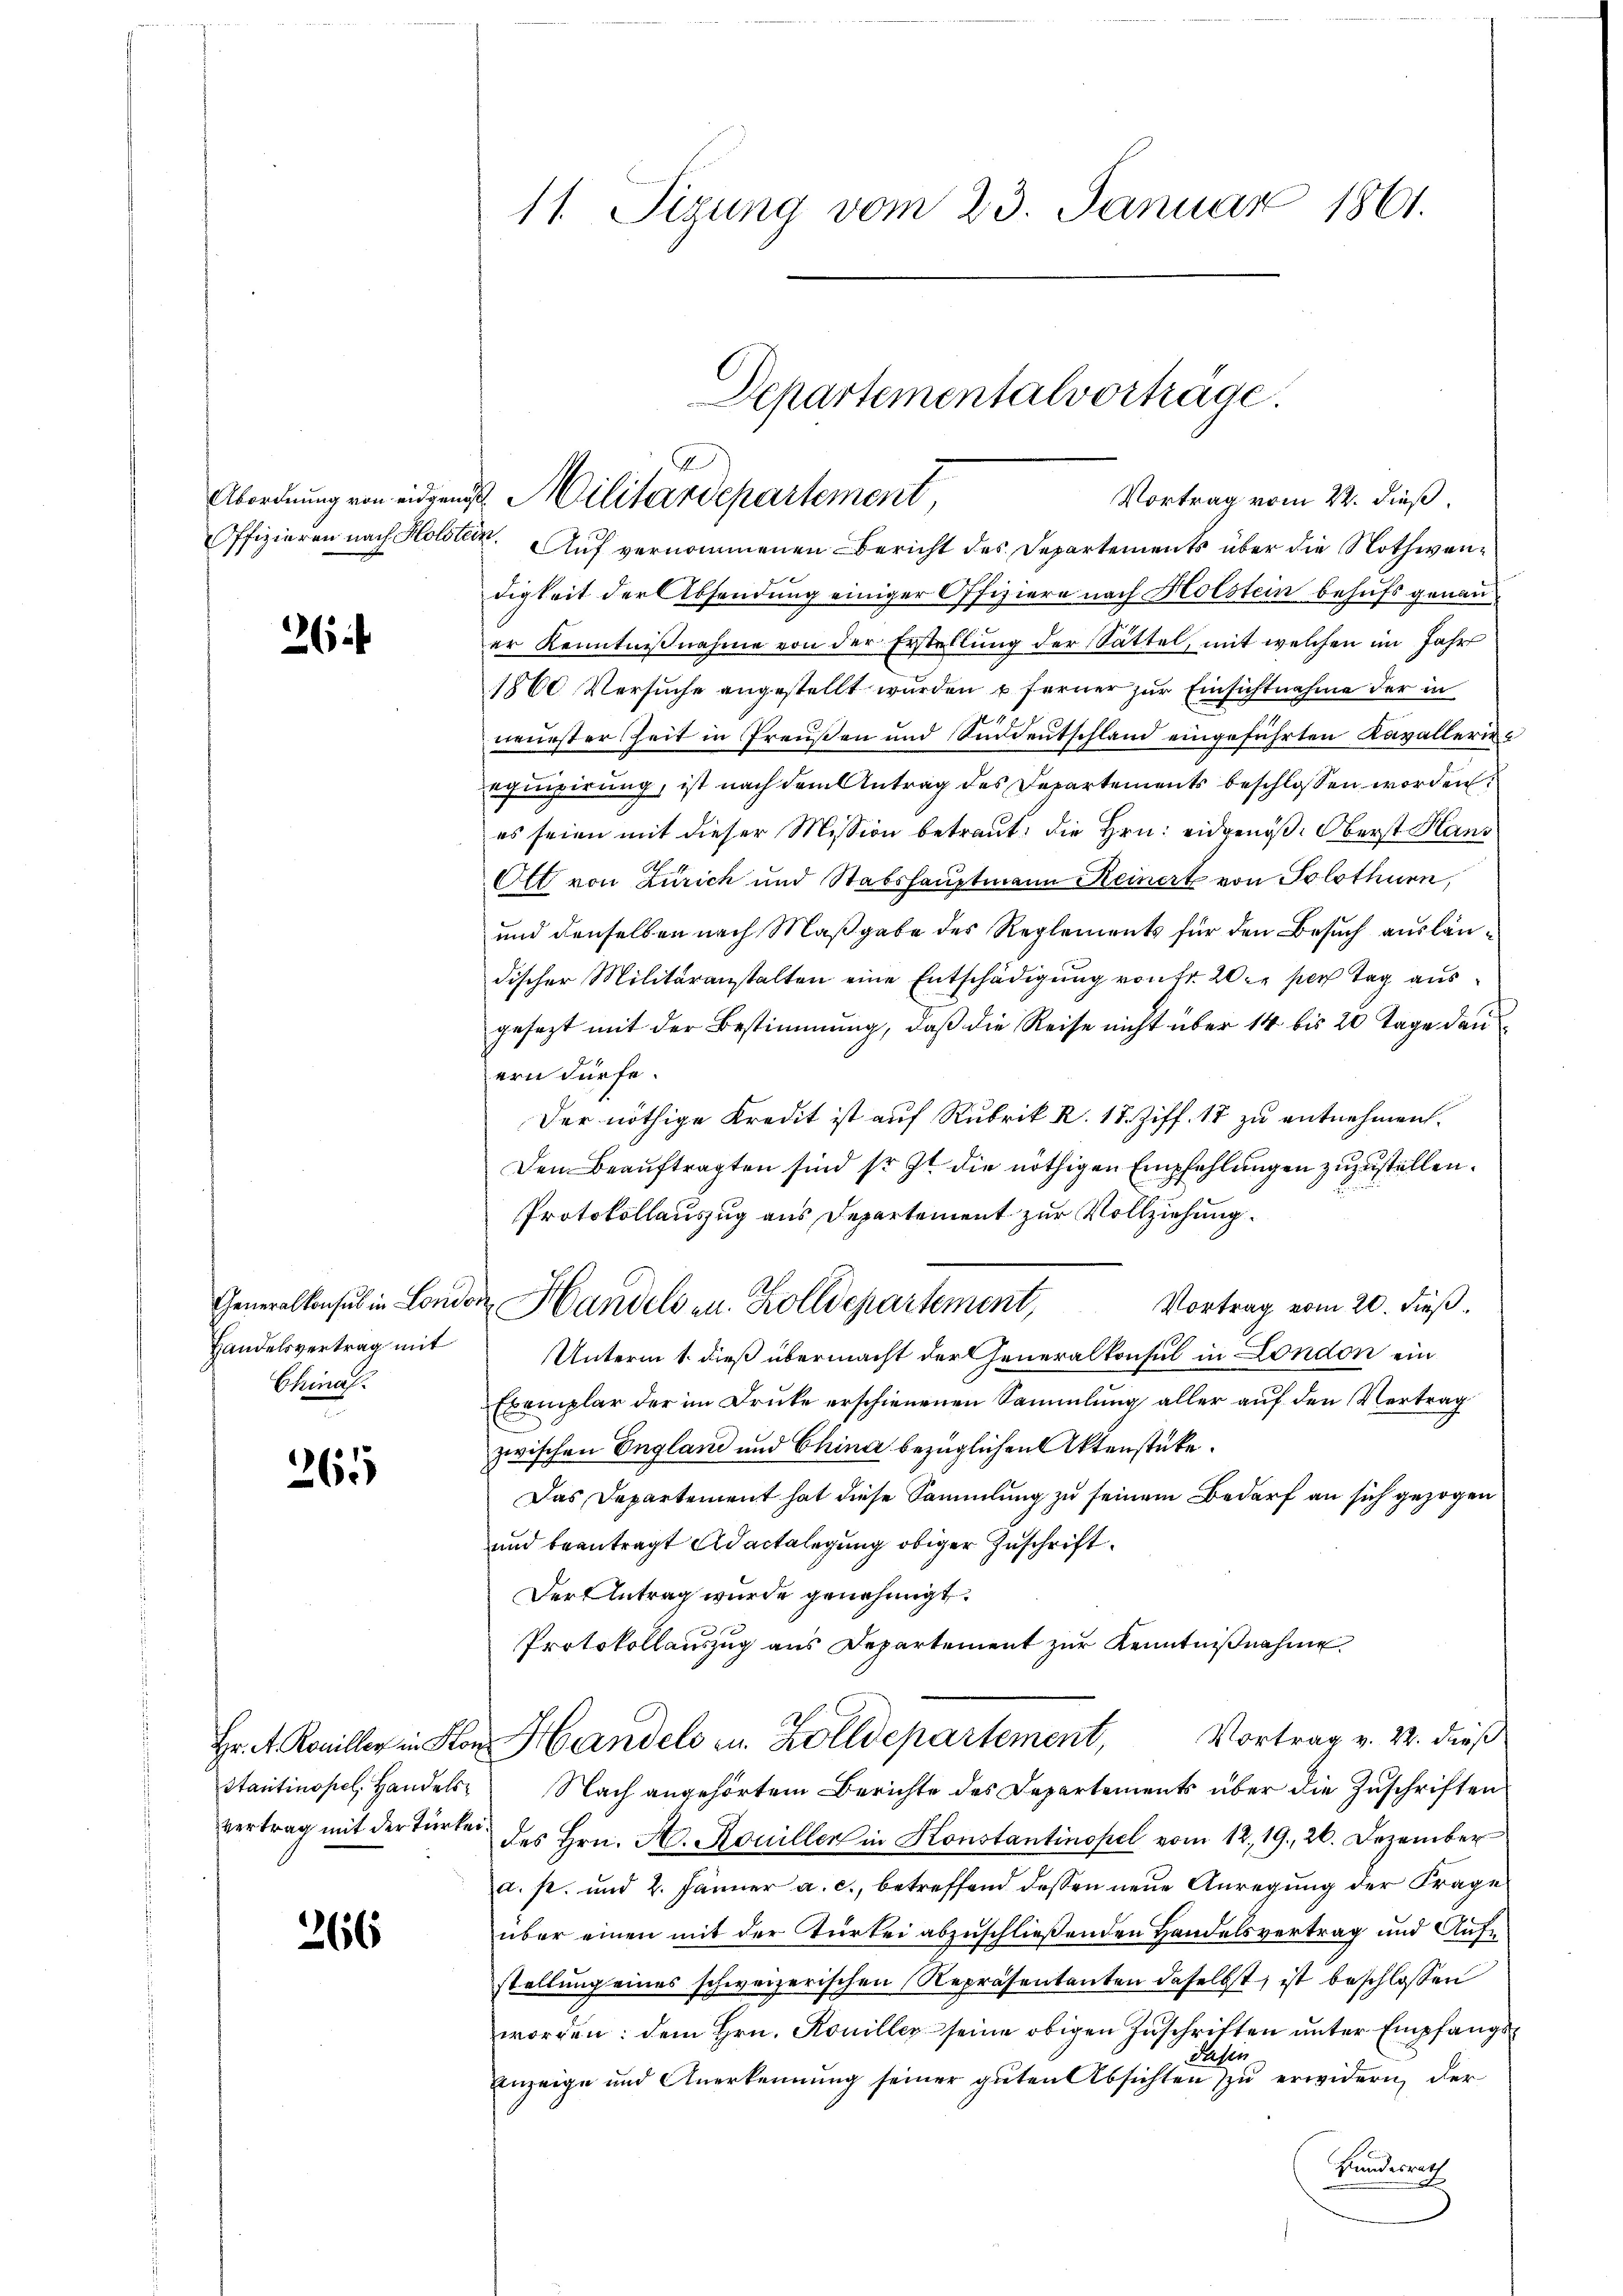
Abordnung von eigen
Offizieren nach Holde

26

Handelsvertrag mit
China

265

Hr. A. Koniller in Ston
Stantinopel, Handelsvertrag mit der Türken

266

11. Sizung vom 23. Januar 1861.

I. Auf vernommenen Bericht des Departements über die Nothwendigkeit der Absendung einiger Offiziere nach Holstein behufs genau
er Kenntnißnahme von der Erstellung der Sättel, mit welchen im Jahr
1800 Versuche angestellt wurden u. ferner zur Einsichtnahme der in
neuester Zeit in Preußen und Süddeutschland eingeführten Kavallerinequipirung, ist nach dem Antrag des Departements beschlossen worden:
es seien mit dieser Mission betraut, die Hrn. eidgenöß. Oberst Hans
Ott von Zürich und Stabshauptmann Keinert von Solothurn,
und denselben nach Maßgabe des Reglements für den Besuch ausländischer Militäranstalten eine Entschädigung von Fr. 20 per Tag ausgesezt mit der Bestimmung, daß die Reise nicht über 14 bis 20 Tage dan
ern dürfe.
Der nöthige Kredit ist auf Rubrik R. 18. Ziff. 17 zu entnehmen.
Den Beauftragten sind so ist die nöthigen Empfehlungen zuzustellen.
Protokollauszug aus Departement zur Vollziehung.
Generalkonsul in London Handelsen. Zolldepartement,
Vortrag vom 20. dieß.
Unterm 1. dieß übermacht der Generalkonsul in London ein
Exemplar der im Druke erschienenen Sammlung aller auf den Vertrag
zwischen England und China bezüglichen Aktenstücke.
Das Departement hat diese Sammlung zu seinem Bedarf an sich gezogen
und beantragt Adactelegung obiger Zuschrift.
Der Antrag wurde genehmigt.
Protokollauszug aus Departement zŭr Kenntniβnahme
HHandels u. Zolldepartement, Vortrag v. 22. dieß
Nach angehörtem Berichte des Departements über die Zuschriften
des Hrn. A. Rouillen in Konstantinopel vom 12. 19. 26. Dezember
a. p. und 2. Jänner a. c., betreffend dessen neŭe Anregŭng der Frage
über einen mit der Türkei abzuschließenden Handelsvertrag und Aufstellung eines schweizerischen Repräsentanten daselbst, ist beschlossen
worden: dem Hrn. Koniller seine obigen Zuschriften ŭnter Empfangsdafen
Anzeige und Anerkennung seiner guten Absichten zu erwidern, der
Bundesrath

Departementalvorträge.
2 Militärdepartement
Vortrag vom 22. dieß,